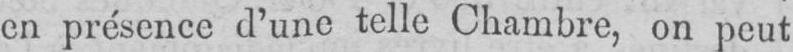
en présence d’une telle Chambre, on peut